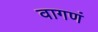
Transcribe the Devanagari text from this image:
वागणं